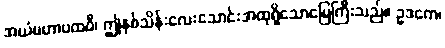
အယံမဟာပထဝီ၊ ဤနှစ်သိန်းလေးသောင်းအထုရှိသောမြေကြီးသည်။ ဥဒကေ၊